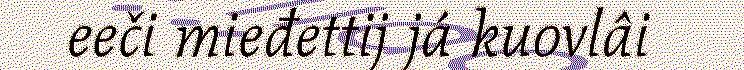
eeči mieđettij já kuovlâi